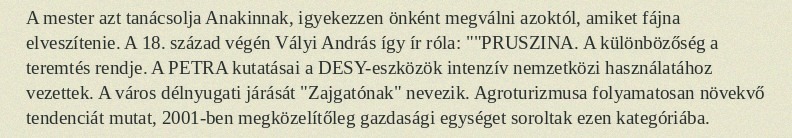
A mester azt tanácsolja Anakinnak, igyekezzen önként megválni azoktól, amiket fájna elveszítenie. A 18. század végén Vályi András így ír róla: ""PRUSZINA. A különbözőség a teremtés rendje. A PETRA kutatásai a DESY-eszközök intenzív nemzetközi használatához vezettek. A város délnyugati járását "Zajgatónak" nevezik. Agroturizmusa folyamatosan növekvő tendenciát mutat, 2001-ben megközelítőleg gazdasági egységet soroltak ezen kategóriába.